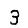
Digit: 3